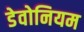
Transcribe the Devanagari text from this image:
डेवोनियम